画像に写った文字を読んでください
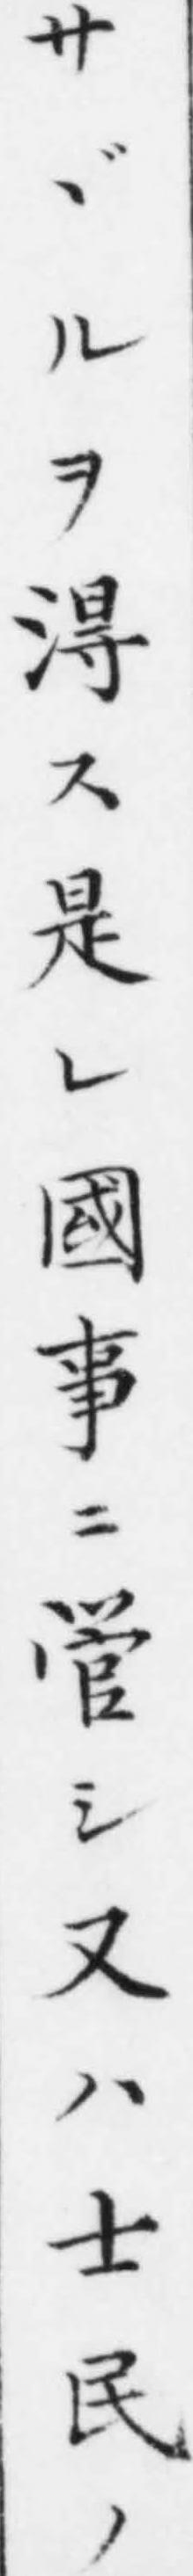
「サヾルヲ淂ス是レ國事ニ管シ又ハ士民ノ」と書いてあります